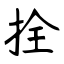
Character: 拴